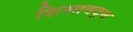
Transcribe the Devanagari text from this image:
शिस्तबद्घ